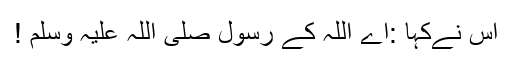
اُس نےکہا :اے اللہ کے رسول صلی اللہ علیہ وسلم !